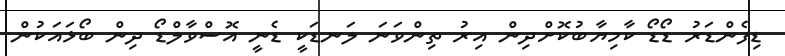
ޑިފެންޑަރު ޑޯޑޯ ކާމިޔާބުކޮށްދިން އިރު ތިންވަނަ ލަނޑަކީ ޑެނީ އޮސްވާލްޑޯ ދިން ބޯޅައަކުން